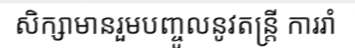
សិក្សាមានរួមបញ្ចូលនូវតន្ត្រី ការរាំ